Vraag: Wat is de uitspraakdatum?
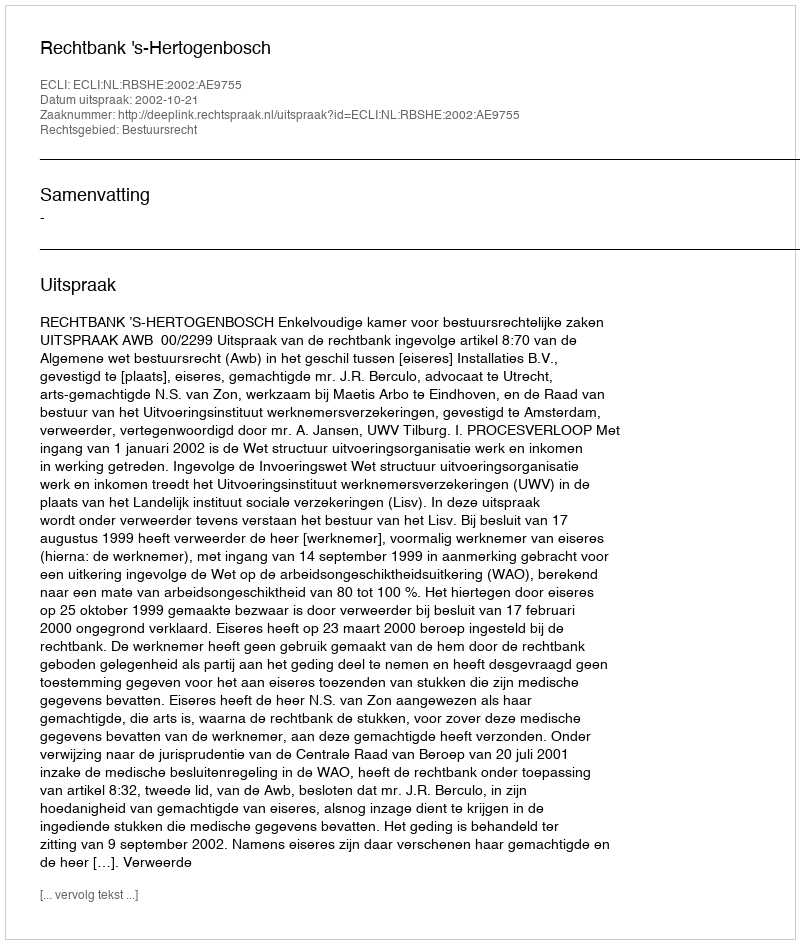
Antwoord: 2002-10-21